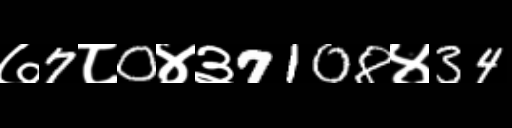
Text: ७7८0४३7108४34